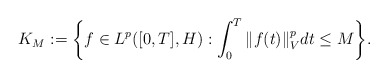
\begin{align*}K_M := \bigg\{ f\in L^p([0,T],H) : \int_0^T \Vert f(t) \Vert_V^p dt \leq M \bigg\}.\end{align*}